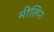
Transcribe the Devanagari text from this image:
मीलिन